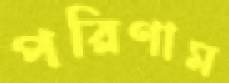
পরিণাম